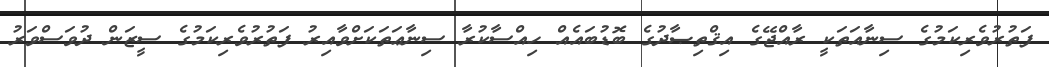
ފަތުރުވެރިކަމުގެ ސިނާއަތަކީ ރާއްޖޭގެ އިޤްތިޞާދުގެ ބޮޑުބައެއް ހިއްސާކުރާ ސިނާޢަތަކަށްވާއިރު ފަތުރުވެރިކަމުގެ ސީޒަން ދުވަސްވަރު